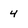
Character: 4